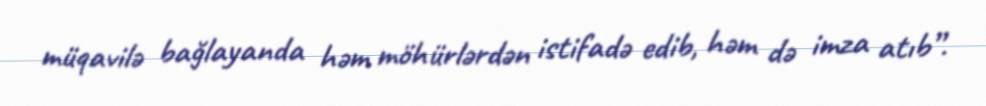
müqavilə bağlayanda həm möhürlərdən istifadə edib, həm də imza atıb”.